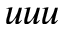
u u u